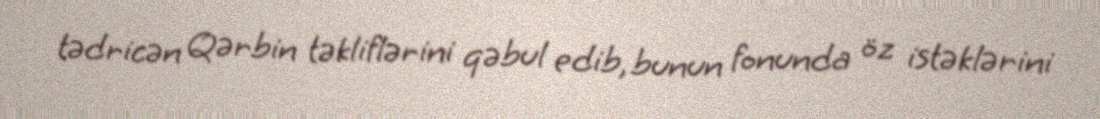
tədricən Qərbin təkliflərini qəbul edib, bunun fonunda öz istəklərini